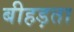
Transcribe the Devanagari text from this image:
बीहड़ता